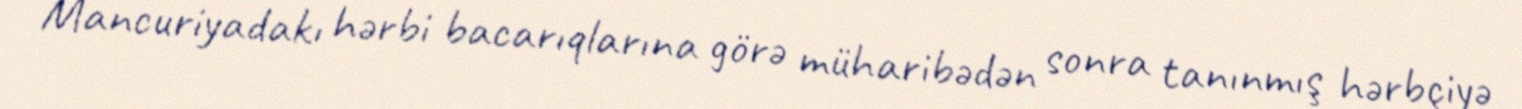
Mancuriyadakı hərbi bacarıqlarına görə müharibədən sonra tanınmış hərbçiyə